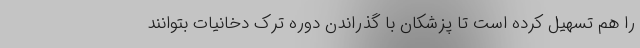
را هم تسهیل کرده است تا پزشکان با گذراندن دوره ترک دخانیات بتوانند